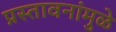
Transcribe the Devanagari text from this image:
प्रस्तावनांमुळे